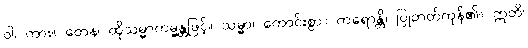
ဝါ၊ ကား။ တေန၊ ထိုသမ္မာကမ္မန္တဖြင့်။ သမ္မာ၊ ကောင်းစွာ။ ကရောန္တိ၊ ပြုတတ်ကုန်၏။ ဣတိ၊